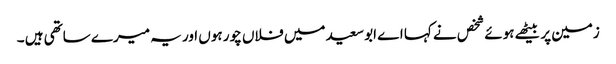
زمین پر بیٹھے ہوئے شخص نے کہا اے ابو سعید میں فلاں چور ہوں اور یہ میرے ساتھی ہیں ۔